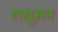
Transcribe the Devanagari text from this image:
लक्षूमन